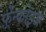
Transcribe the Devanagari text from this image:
फ़्रेंन्कोइज